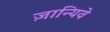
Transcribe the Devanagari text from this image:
ज़ान्यिवे